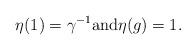
LaTeX: \begin{align*} \eta(1) = \gamma^{-1} \mbox{and} \eta(g) = 1.\end{align*}